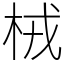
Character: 㭜